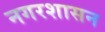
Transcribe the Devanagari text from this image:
नगरशासन